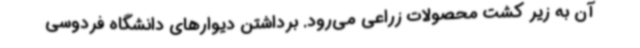
آن به زیر کشت محصولات زراعی می‌رود. برداشتن دیوارهای دانشگاه فردوسی